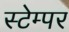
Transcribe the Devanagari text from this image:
स्टेम्पर